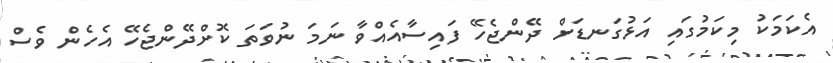
އެކަމަކު މިކަމުގައި އަޅުގަނޑަށް ދޭންޖެހޭ ފައިސާއެއްވާ ނަމަ ނުވަތަ ކޮށްދޭންޖެހޭ އެހެން ވެސް